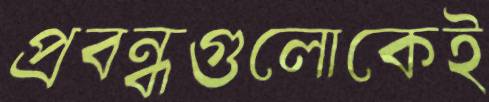
প্রবন্ধগুলোকেই